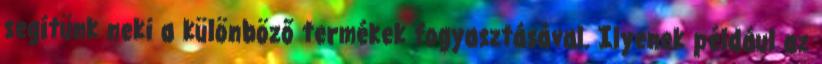
segítünk neki a különböző termékek fogyasztásával. Ilyenek például az